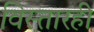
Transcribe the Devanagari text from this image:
विस्तारही